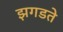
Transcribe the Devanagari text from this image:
झगडते